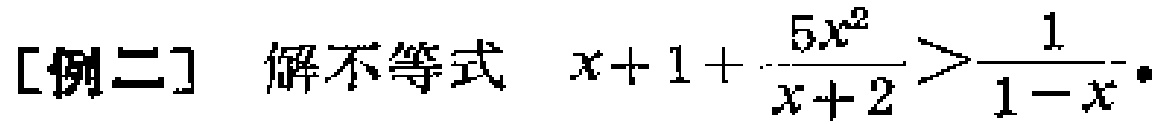
[例二] 解不等式 \(x + 1+\frac{5x^{2}}{x + 2}>\frac{1}{1 - x}\)